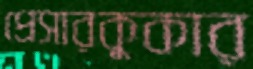
প্রেসারকুকার